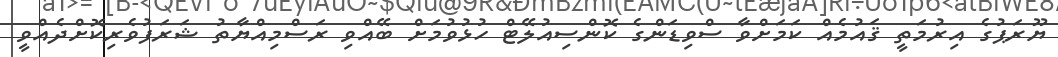
ޔޫރަޕުގެ އިރުމަތީ ޤައުމެއް ކަމަށްވާ ސްވިޑަންގެ ކޮންސިއުލޭޓް ހުޅުވުމަށް ބޭއްވި ރަސްމިއްޔާތު ޝަރަފުވެރިކޮށްދެއްވީ